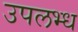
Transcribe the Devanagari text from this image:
उपलभ्ध